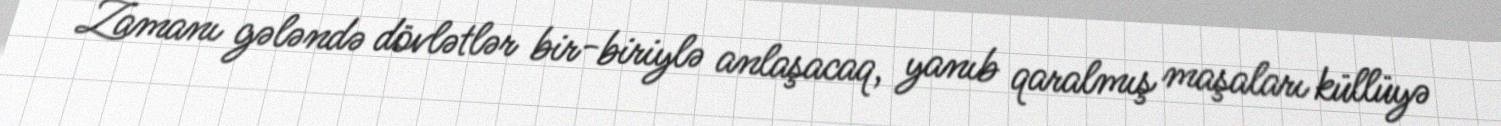
Zamanı gələndə dövlətlər bir-biriylə anlaşacaq, yanıb qaralmış maşaları küllüyə